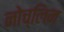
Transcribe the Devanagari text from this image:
नोच्लिन